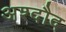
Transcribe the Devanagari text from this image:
अश्दौद